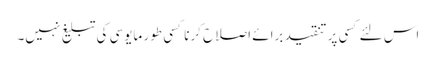
اس لئے کسی پر تنقید برائے اصلاح کرنا کسی طور مایوسی کی تبلیغ نہیں۔